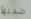
ضمنها